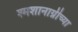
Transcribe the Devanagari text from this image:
श्मशानाग्नीच्या